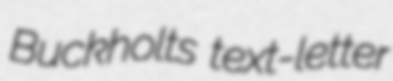
Buckholts text-letter